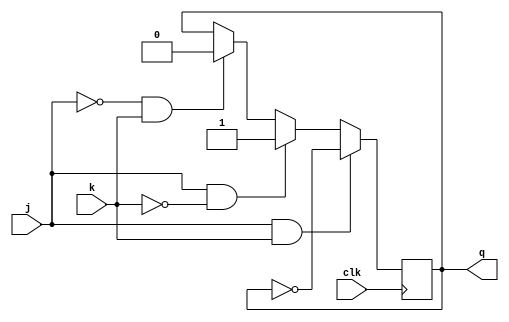
module jk_flip_flop
(
	input j,
	input k,
	input clk,
   output reg q
);

  always @(posedge clk) 
	begin
	if (j && k) q <=  ~ q;
	else if (j && ~k) q <= 1;
	else if (~j && k) q <= 0;
	end
endmodule